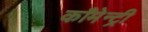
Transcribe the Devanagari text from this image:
काँमेन्ट्री